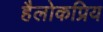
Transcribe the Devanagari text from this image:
हैलोकप्रिय